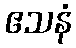
ဧသနံ